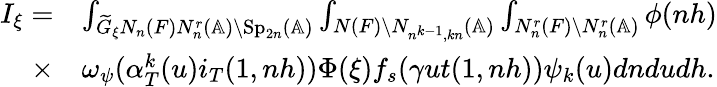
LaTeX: \begin{array}{rl}{I_{\xi}=}&{\int_{\widetilde{G}_{\xi}N_{n}(F)N_{n}^{r}(\mathbb{A})\backslash\mathrm{Sp}_{2n}(\mathbb{A})}\int_{N(F)\backslash N_{n^{k-1},kn}(\mathbb{A})}\int_{N_{n}^{r}(F)\backslash N_{n}^{r}(\mathbb{A})}\phi(nh)}\\ {\times}&{\omega_{\psi}(\alpha_{T}^{k}(u)i_{T}(1,nh))\Phi(\xi)f_{s}(\gamma ut(1,nh))\psi_{k}(u)dndudh.}\end{array}